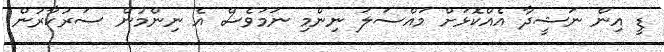
ޑީ އިން ނަޝީދާ އެއްކޮޅަށް މައްސަލަ ނިންމި ނަމަވެސް އެ ނިންމުން ސަރުކާރުން